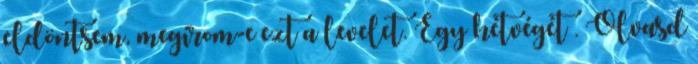
eldöntsem, megírom-e ezt a levelet. Egy hétvégét . Olvasd